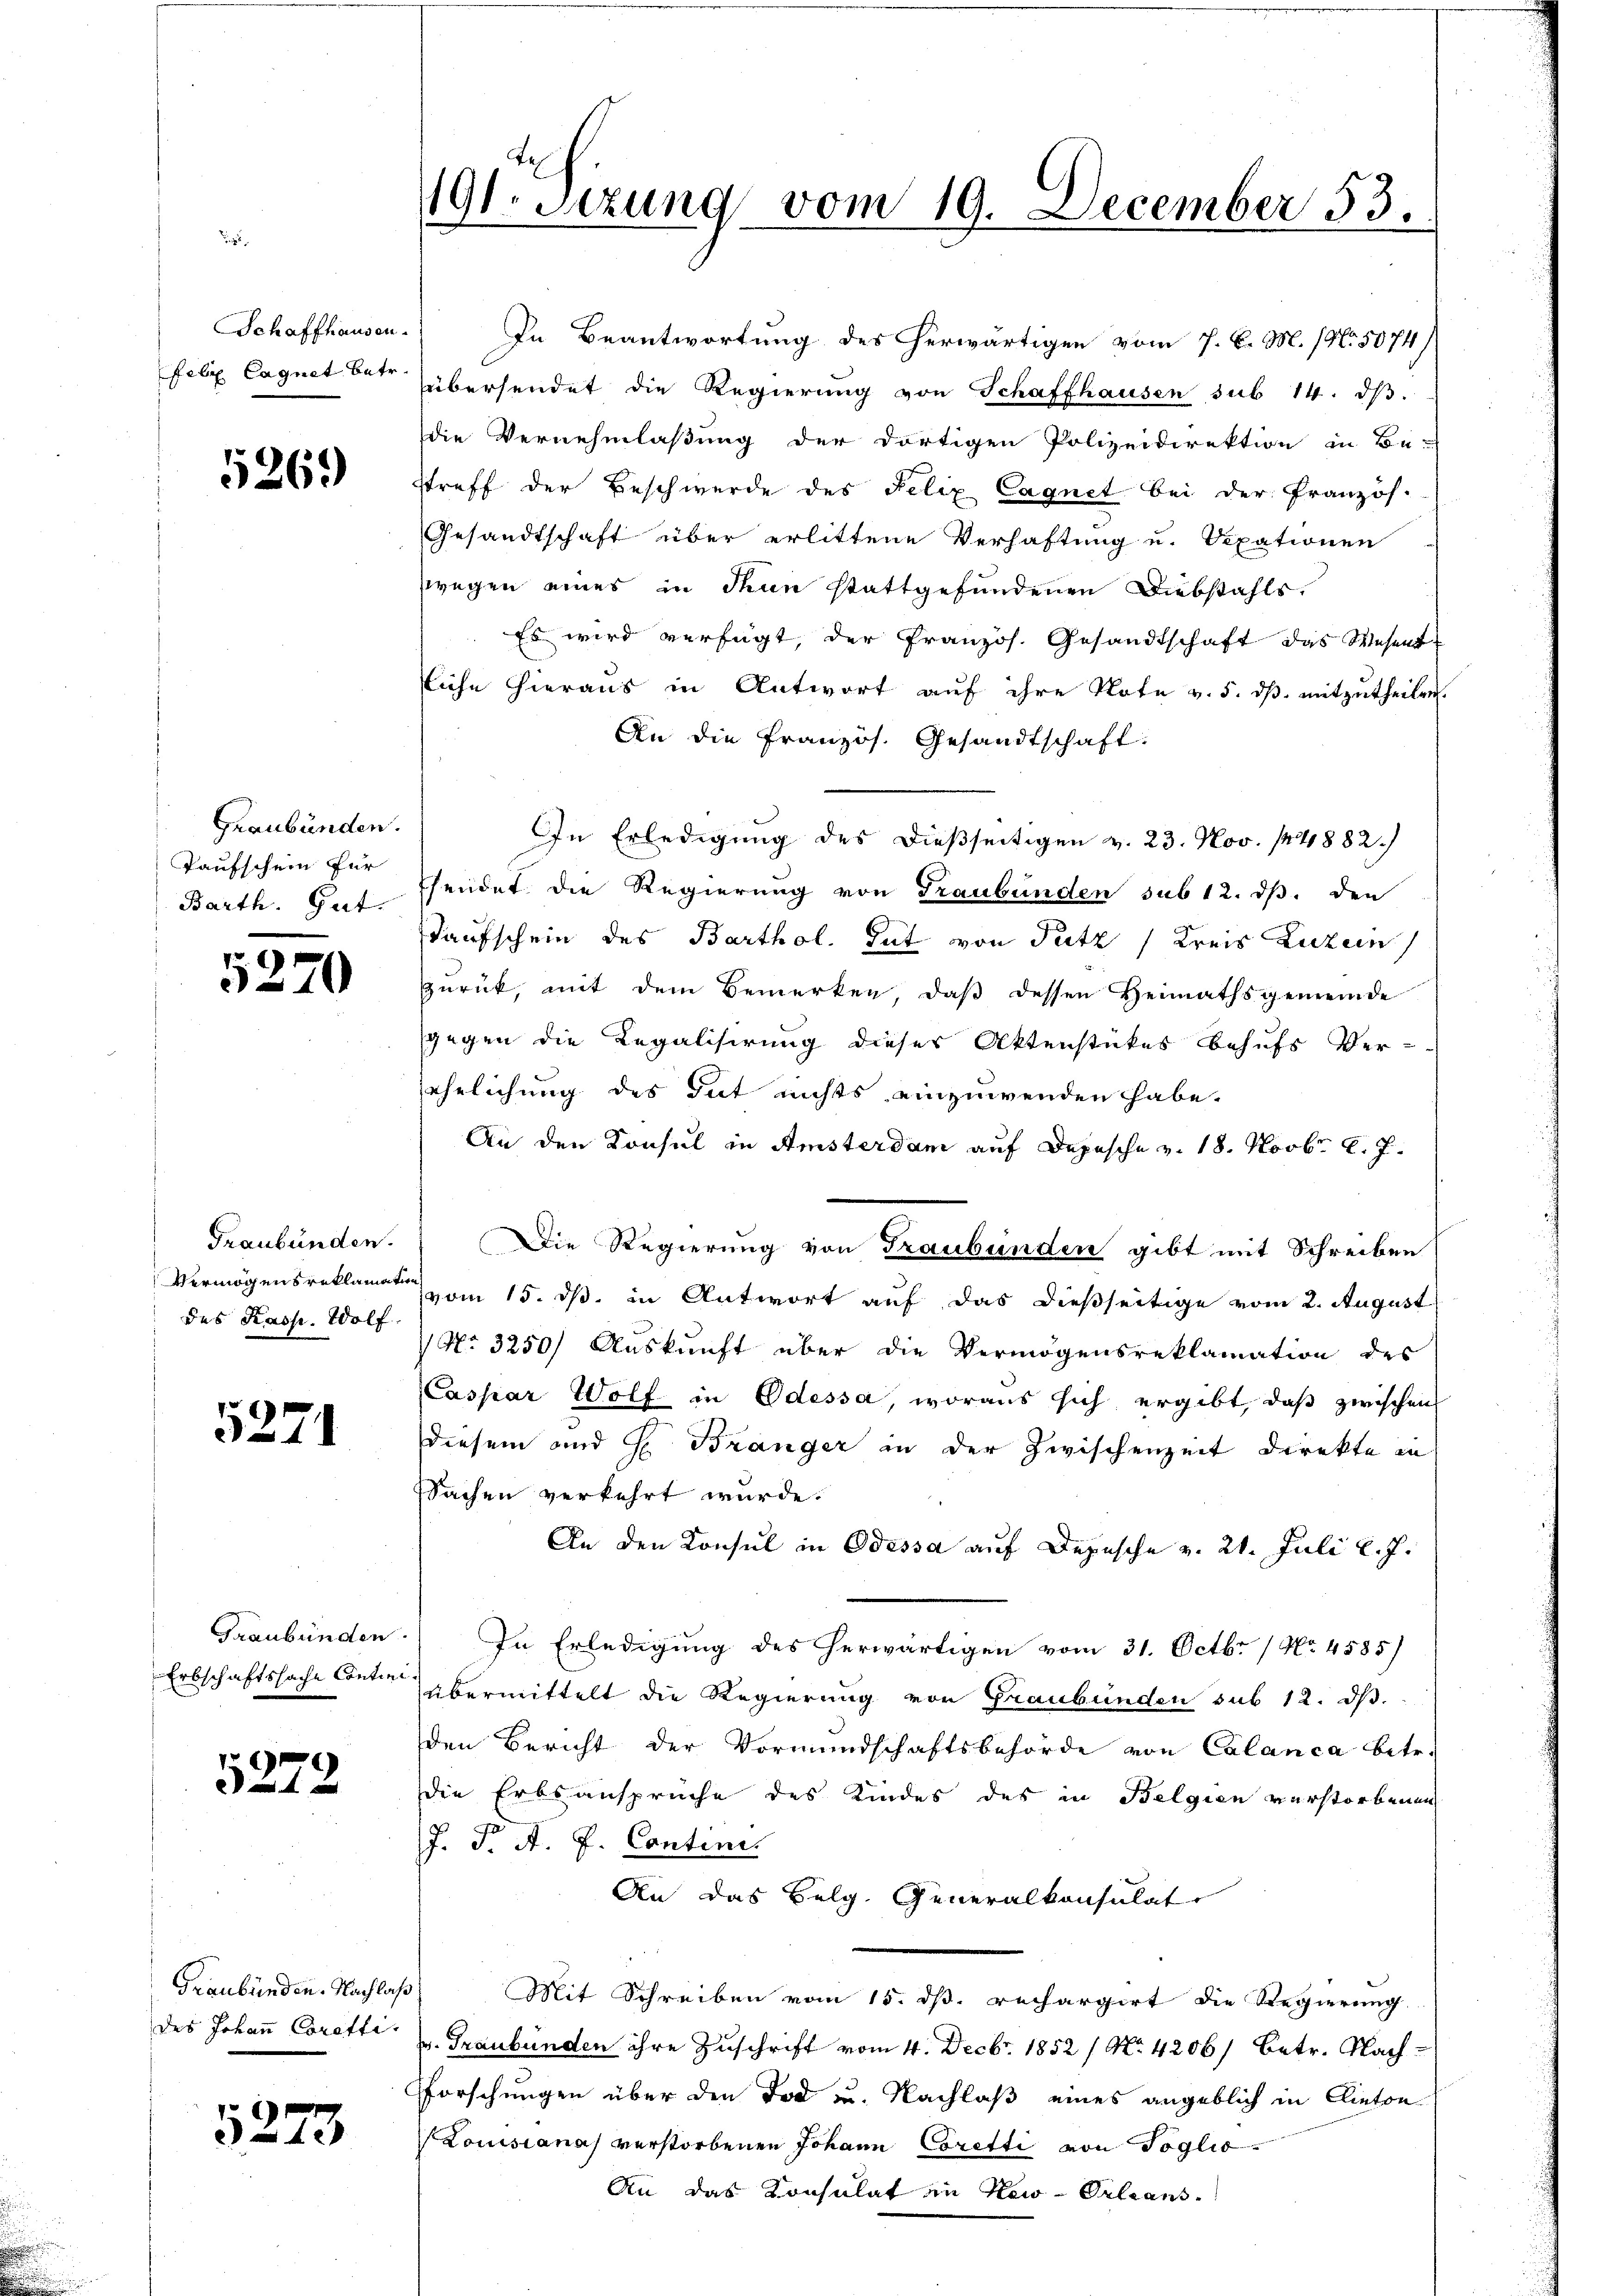
Schaffhausen.
Felz Cagnet betr.

5269

Graubünden.
Taufschein für
Barth. Gut.

3.
3270

Graubünden.
Vermögens reklamati
des Kasp. Wolf.

5271

Graubünden.
Erbschaftssache Contin

5272

Graubünden. Nachlaß
des Johann Coratti

5273

191. Sizung vom 19. December 53.

In Beantwortung des herwärtigen vom 7. d. M. (No 5074/
übersendet die Regierŭng von Schaffhausen sub 14. dβ.
die Vernehmlaßung der dortigen Polizeidirektion in Be-
streff der Beschwerde des Felix Cagnet bei der Französ.
Gesandtschaft über erlittene Verhaftung u. Sepationen
wegen eines in Thun stattgefundenen Diebstahls,
Es wird verfügt, der Pranzös. Gesandtschaft das Wesent
liche Hieraus in Antwort auf ihre Note v. 5. ds. mitzutheilen.
An die Französ. Gesandtschaft.
In Erledigung des dießseitigen v. 23. Nov. 14882/
hendet die Regierung von Graubünden sub 12. ds. den
Kaufschein des Barthol. Gut von Putz (Kreis Luzern
zurück, mit dem Bemerken, daß dessen Heimathsgemeinde
sgegen die Regalisirung dieses Aktenstückes behufs Ver-
jehrlichung des Gut nichts einzuwenden habe.
An den Konsul in Amsterdam auf Depesche v. 18. Novbr. l. J.
Die Regierung von Graubünden gibt mit Schreiben
vom 15. dß in Antwort auf das dießseitige vom 2. August
1 No 3250) Auskunft über die Vermögensreklamation des
(Caspar Wolf in Odessa, woraus sich ergibt, daß zwischen
diesem und H. Bränger in der Zwischenzeit Direkte in
Sachen verkehrt wurde.
An den Konsul in Odessa auf Depesche v. 21. Juli l. J.
In Erledigung des herwärtigen vom 31. Octbr. / No. 4585)
übermittelt die Regierung von Graubünden sub 12. dβ.
den Bericht der Vormundschaftsbehörde von Calanca betr.
die Erbsanspruche des Kindes des in Belgien verstorbenen
J. F. A. J. Contin.
An das Belg. Generalkonsulat
Mit Schreiben vom 15. dß. rechargirt die Regierung
pr. Graubünden ihre Zuschrift vom 4. Decbr. 1852 / No. 42061 betr. Nach
forschungen über den Tod zu. Nachlaß eines angeblich in Cinton
Louisiana verstorbenen Johann Coretti von Toglio
An das Konsulat in New-Orleans